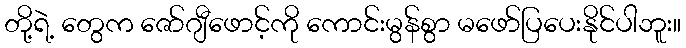
တို့ရဲ့ တွေက ဇော်ဂျီဖောင့်ကို ကောင်းမွန်စွာ မဖော်ပြပေးနိုင်ပါဘူး။